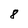
Character: 8